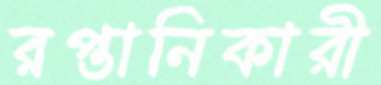
রপ্তানিকারী